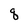
Character: q